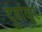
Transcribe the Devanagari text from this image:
दुर्वाकुर